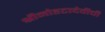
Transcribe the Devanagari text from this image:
श्रीमोहटादेवीची